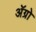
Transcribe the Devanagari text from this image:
अॅग्रो